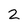
Character: 2